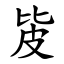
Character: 㿫